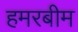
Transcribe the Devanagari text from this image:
हमरबीम